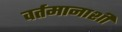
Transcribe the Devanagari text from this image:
वर्तमानाशी